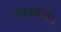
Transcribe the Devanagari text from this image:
भिक्यासैन